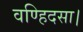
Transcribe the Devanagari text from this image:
वण्हिदसा।